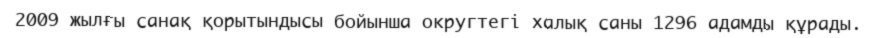
2009 жылғы санақ қорытындысы бойынша округтегі халық саны 1296 адамды құрады.